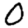
Digit: 0